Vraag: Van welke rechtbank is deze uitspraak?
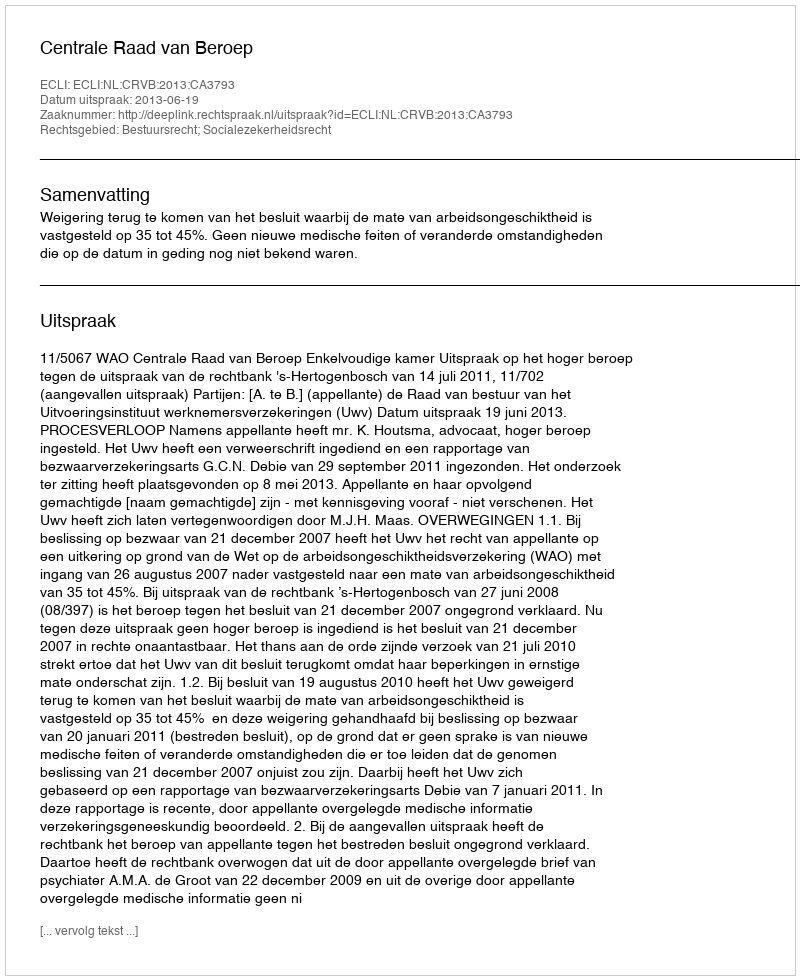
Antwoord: Centrale Raad van Beroep